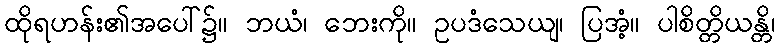
ထိုရဟန်း၏အပေါ်၌။ ဘယံ၊ ဘေးကို။ ဥပဒံသေယျ၊ ပြအံ့။ ပါစိတ္တိယန္တိ၊